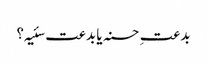
بدعتِ حسنہ یا بدعت سئیہ؟